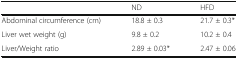
|  | ND | HFD |
 | --- | --- | --- |
 | Abdominal circumference (cm) | 18.8 ± 0.3 | 21.7 ± 0.3* |
 | Liver wet weight (g) | 9.8 ± 0.2 | 10.2 ± 0.4 |
 | Liver/Weight ratio | 2.89 ± 0.03* | 2.47 ± 0.06 |